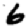
Digit: 6